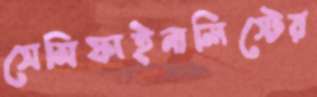
সেমিফাইনালিস্টের